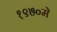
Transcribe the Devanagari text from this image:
१९७०मे